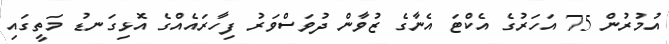
އުމުރުން 75 އަަހަރުގެ އެކްޓަ އެނާގެ ޒުވާން ދުވަސްވަރު ފިހާރައެއްގެ އޮޅިގަނޑު މަތީގައި